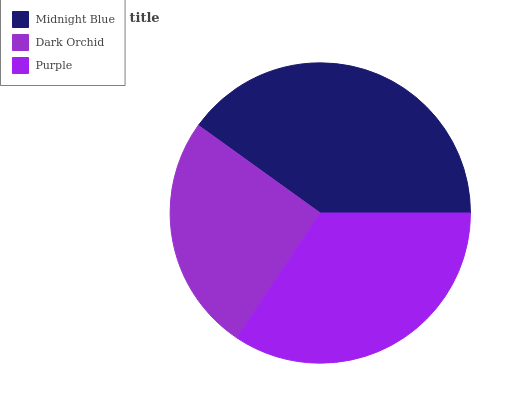
| Midnight Blue | Dark Orchid | Purple |
 | --- | --- | --- |
 | 40.1% | 25.6% | 34.3% |